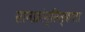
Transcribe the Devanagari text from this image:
सानफ्रांन्सिस्कोला